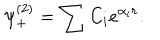
LaTeX: \psi _ { + } ^ { ( 2 ) } = \sum C _ { i } e ^ { \alpha _ { i } r } .